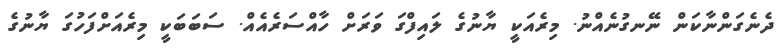
ދެނެގަންނާކަން ނޭނގުނެއްނު. މިރެއަކީ ޔާނުގެ ލައިފްގަ ވަރަށް ހާއްސަރެއެއް. ސަބަބަކީ މިރެއަށްފަހުގަ ޔާނުގެ